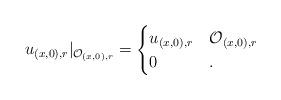
LaTeX: \begin{align*} u_{(x, 0), r}|_{\mathcal{O}_{(x,0), r}} = \begin{cases} u_{(x, 0), r} & \mathcal{O}_{(x,0), r}\\ 0 & . \end{cases}\end{align*}